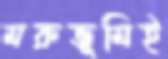
মরুভূমিই